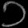
Digit: ၁